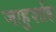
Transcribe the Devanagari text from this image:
जाहुर्शाह